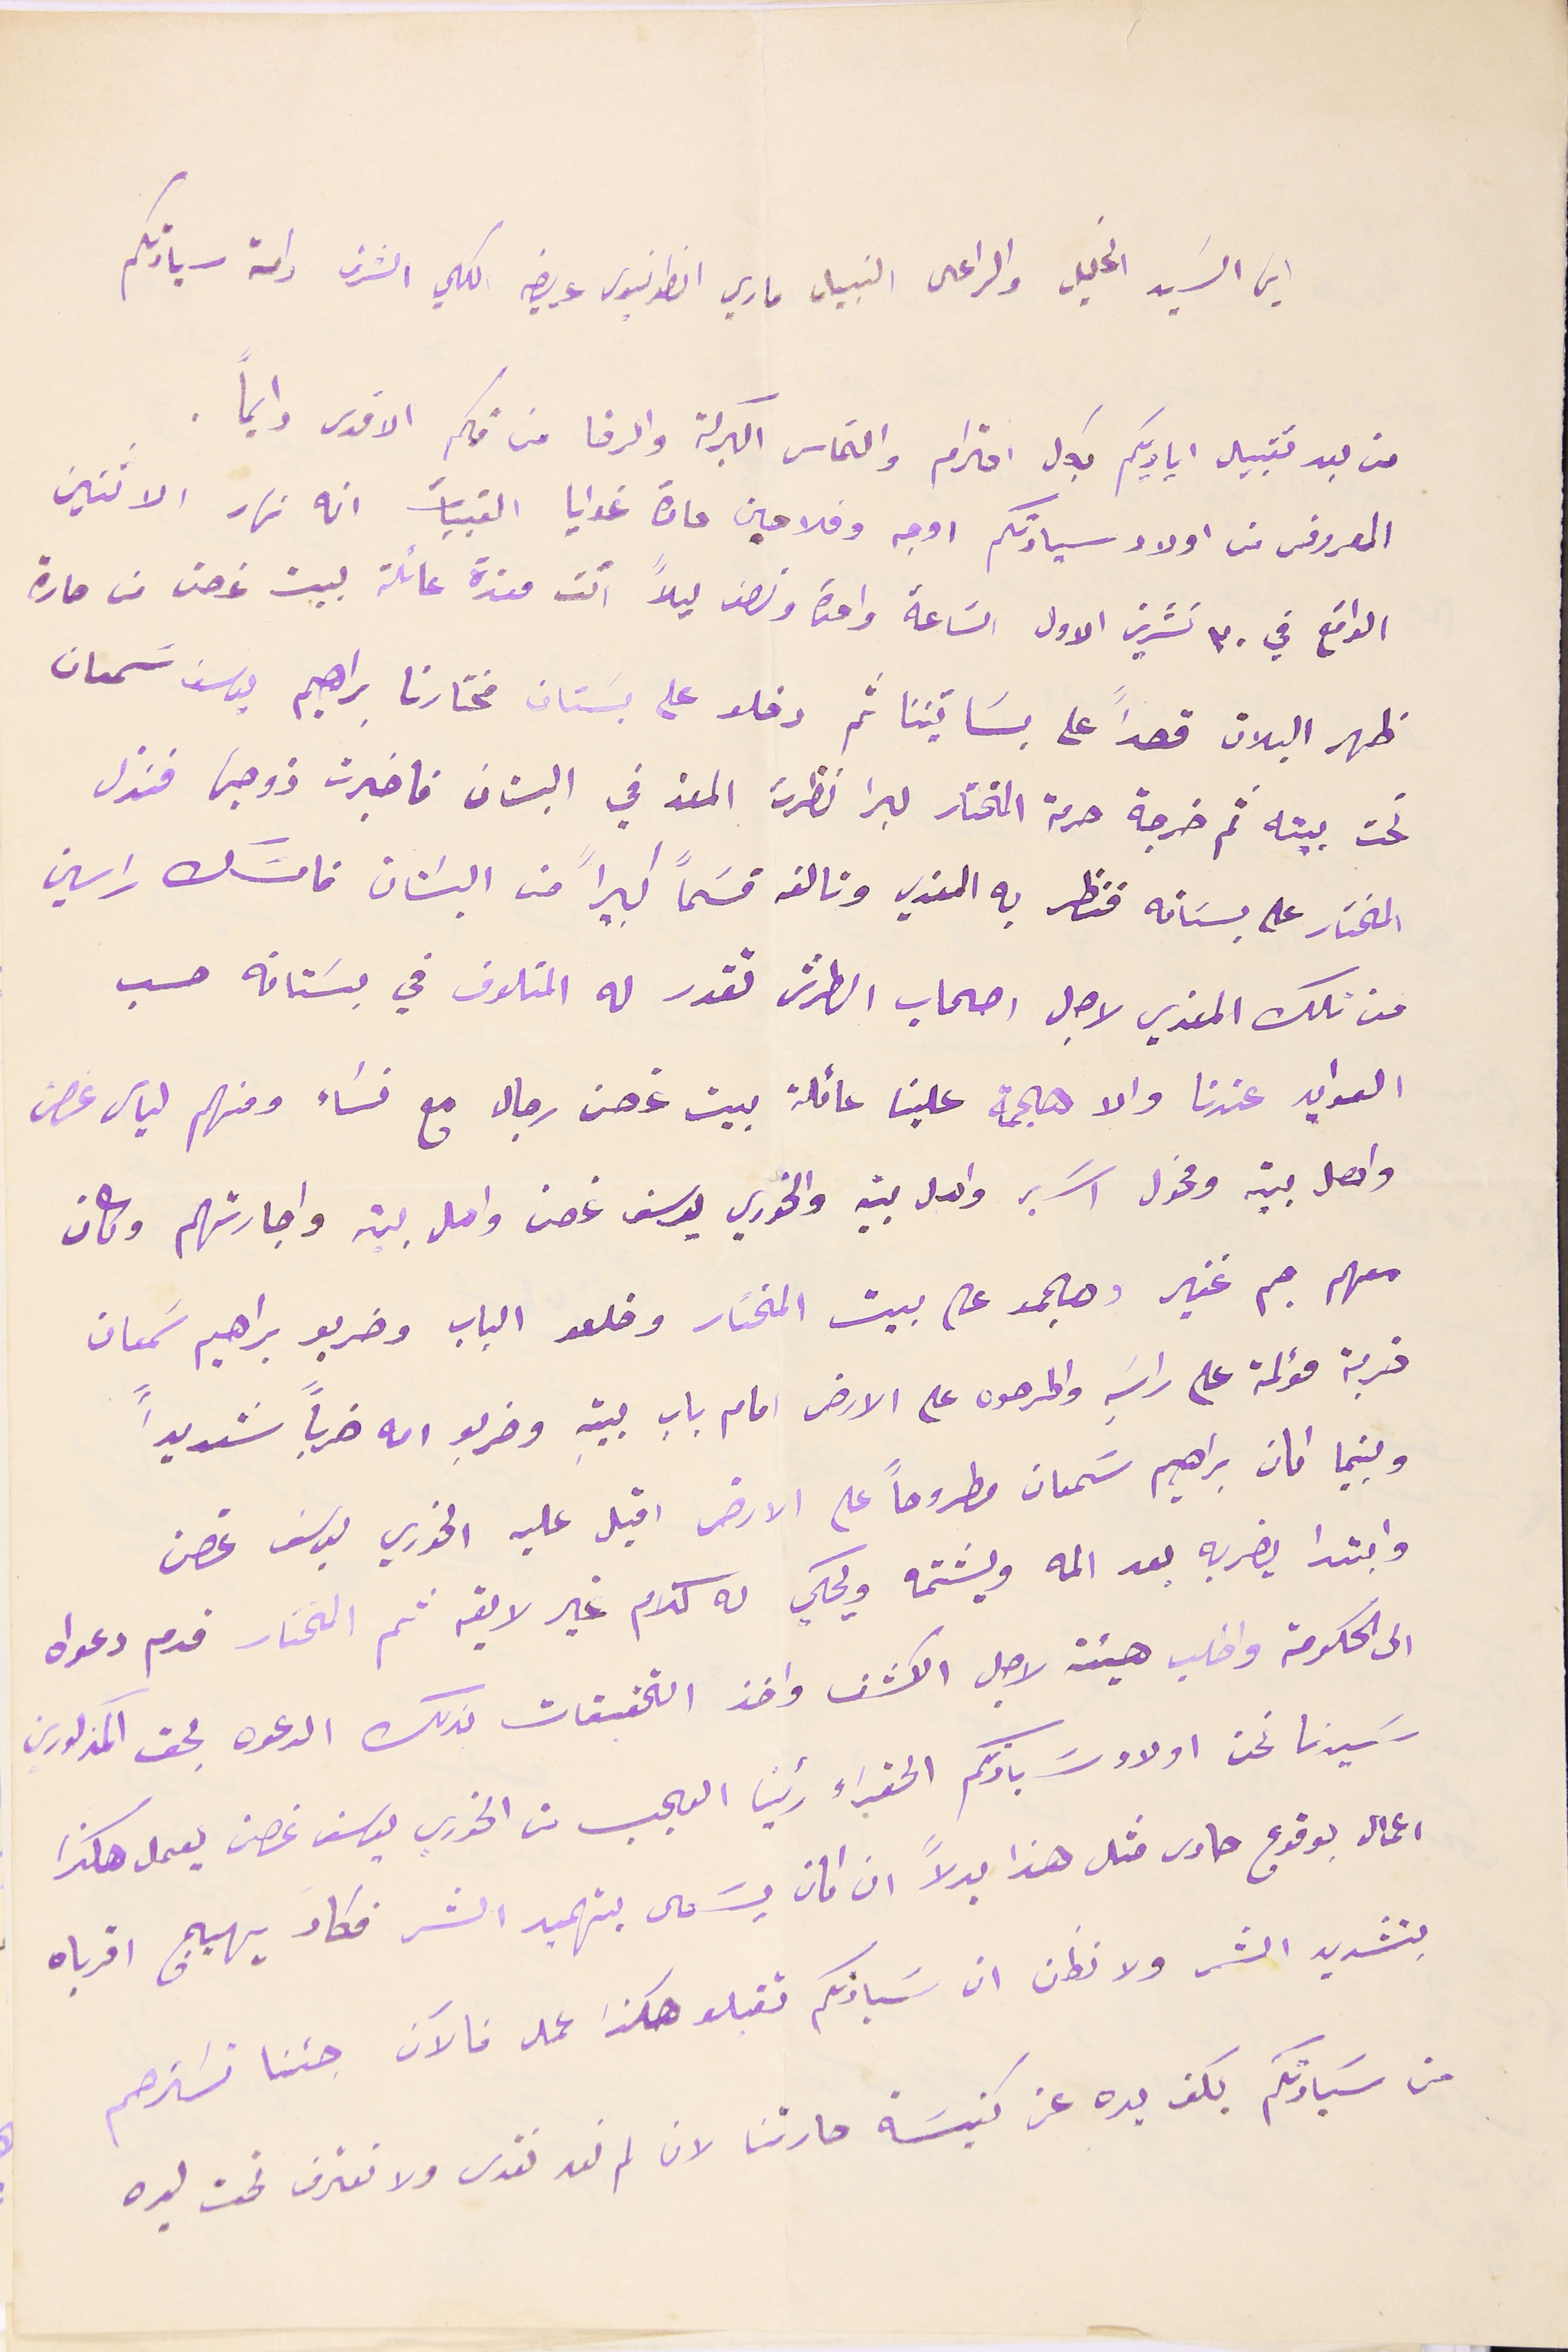
ايها السَيد الجليل والراعى النبيل ماري انطونيوس عريضه الكلي الشرف دامة سيادتكم
من بعد تقبيل اياديكم بكل احترام والتماس البركة والرضا من فمكم الاقدس دايما.
المعروف من اولاد سيادتكم اوجه وفلاحين حارة غوايا القبيات انه نهار الاثنين
الواقع في ٣٠ تشرين الاول السَاعة واحدة ونصف ليلاً اتت معزة عائلة بيت غصن من حارة
ظهر البلان قصداً على بساتيننا ثم دخلو على بسَتان مختارنا براهيم يوسَف سَِمعان
تحت بيته ثم خرجة حرمة المختار لبرا نظرت المعز في البستان فاخبرت زوجها فنزل
المختار على بسَتانه فنظر به المعزي وتالفه قسَمًا كبيراً من البسَتان فامسَك راسين
من تلك المعزي لاجل اصحاب الطرش تقدر له المتلوف في بسَتانه حسب
العوايد عندنا والا هجمة علينا عائلة بيت غصن رجال مع نسَاء ومنهم لياس غصن
واهل بيته ومخول اسَبر واهل بيته والخوري يوسف غصن واهل بيته واجارتهم وكان
معهم جم غفير وهجموا على بيت المختار وخلعو الباب وضربو براهيم سَمعان
ضربة مؤلمة على راسَهِ واطرحوه على الارض امام باب بيتهِ وضربو امه ضرباً شديداً
وبينما كان براهيم سَمعان مطروحاً على الارض اقبل عليه الخوري يوسَف غصن
وابتدا يضربه بعد المه ويشتمه ويحكي له كلام غير لايقه ثم المختار قدم دعواه
الى الحكومة واطلب هيئة لاجل الكشف واخذ التحقيقات لذلك الدعوه بحق المذكورين
سَيدنا نحن اولاد سَيادتكم الحقراء رئينا العجب من الخوري يوسف غصن يعمل هكذا
اعمال بوقوع حادث مثل هذا بدلاً ان كان يسَعى بتهميد الشر فكاد يهيج اقرباه
بتشديد الشر ولا نظن ان سَيادتكم تقبلو هكذا عمل فالآن جئنا نسَترحم
من سَيادتكم بكف يده عن كنيسَة حارتنا لان لم نعد نقدس ولا نعترف تحت يده